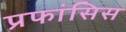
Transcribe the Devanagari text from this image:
प्रफांसिस